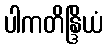
ပါကတိန္ဒြိယံ